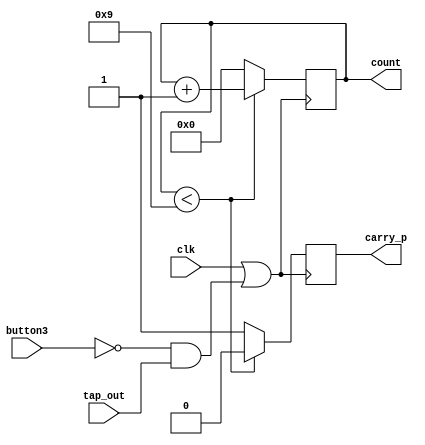
module mod_10_re_counter(clk, count, carry_p, button3,tap_out);
    output reg [3:0] count;
	 output reg carry_p;
	 input clk, button3;
	 input [1:0] tap_out;
	 wire clk_button;
	 assign clk_button = (clk || (!button3 && tap_out));
	 
	 always@(posedge clk_button)
	 begin
	   if(count < 9)
	    begin
	    count <= count + 1;
	    carry_p <= 0;
	    end
	   else
	    begin
	    count <= 0;
	    carry_p <= 1;
	    end
		end
		 /*
	 always @(posedge clkbutton or posedge minusbutton)
	 begin
	 if(clkbutton)
	  begin
	   if(count < 9)
	    begin
	    count <= count + 1;
	    carry_p <= 0;
	    end
	   else
	    begin
	    count <= 0;
	    carry_p <= 1;
	    end
	  end
	 else if(minusbutton)
	 begin
	  if(count > 0)
	  begin
	   count <= count - 1;
		carry_m <= 0;
		end
	  else if(count == 0)
	  begin
		count <= 9;
		carry_m <= 1;
		end
    end
	 else;
	 end*/
endmodule